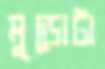
মুড়োটা